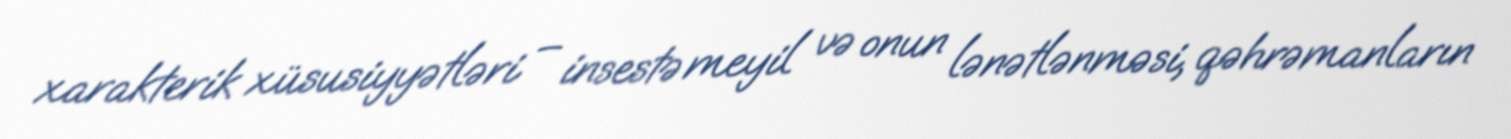
xarakterik xüsusiyyətləri – insestə meyil və onun lənətlənməsi, qəhrəmanların